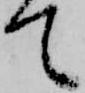
て